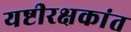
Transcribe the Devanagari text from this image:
यष्टीरक्षकांत